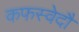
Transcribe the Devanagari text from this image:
कफस्वेदौ